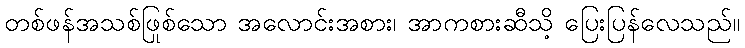
တစ်ဖန်အသစ်ဖြစ်သော အလောင်းအစား၊ အာကစားဆီသို့ ပြေးပြန်လေသည်။